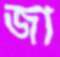
জা